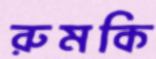
রুমকি